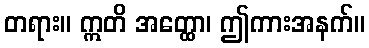
တရား။ ဣတိ အတ္ထော၊ ဤကားအနက်။